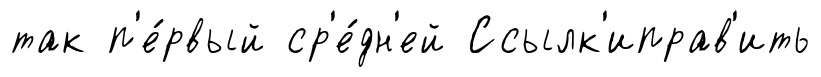
так п'е́рвый ср'е́дн'ей Ссылк'иправ'ить